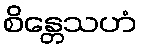
စိန္တေသဟံ